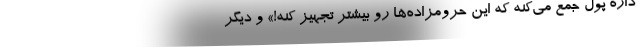
داره پول جمع می‌کنه که این حرومزاده‌ها رو بیشتر تجهیز کنه!» و دیگر